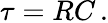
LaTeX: \tau=RC\, .